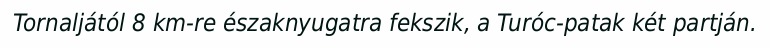
Tornaljától 8 km-re északnyugatra fekszik, a Turóc-patak két partján.